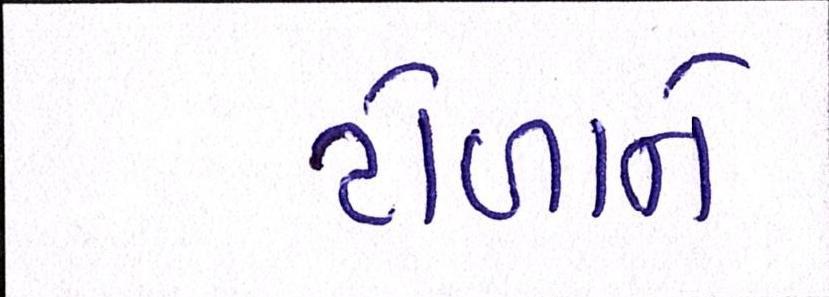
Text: ટોળાને